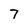
Character: 7